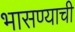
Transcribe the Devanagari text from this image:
भासण्याची